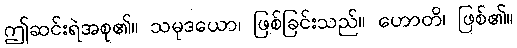
ဤဆင်းရဲအစု၏။ သမုဒယော၊ ဖြစ်ခြင်းသည်။ ဟောတိ၊ ဖြစ်၏။